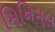
મિનિમલ